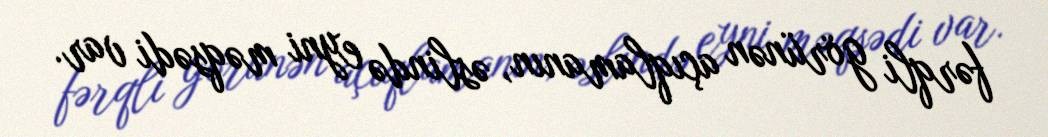
fərqli görünən açıqlamanın, əslində eyni məqsədi var.